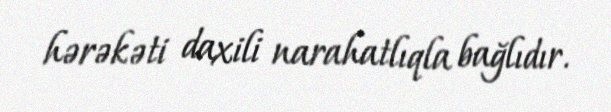
hərəkəti daxili narahatlıqla bağlıdır.